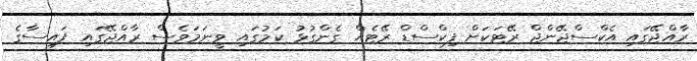
ރާއްޖޭގައި އެކްސްޖޭންޖް ރޭޓަކަށް ފިކްސްޑް ރޭޓެއް ގެންގުޅު ކަމުގައި ވީނަމަވެސް ރާއްޖޭގައި ފައިސާގެ